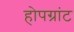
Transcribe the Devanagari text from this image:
होपग्रांट